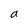
Character: a